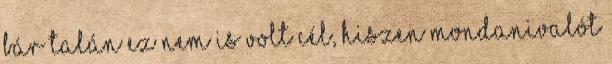
bár talán ez nem is volt cél, hiszen mondanivalót